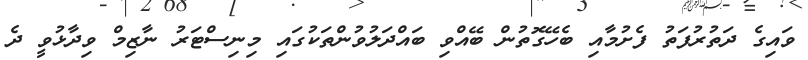
ވައިގެ ދަތުރުފަތު ފެށުމާއި ބެހޭގޮތުން ބޭއްވި ބައްދަލުވުންތަކުގައި މިނިސްޓަރު ނާޒިމް ވިދާޅުވީ ދެ